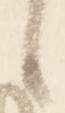
候